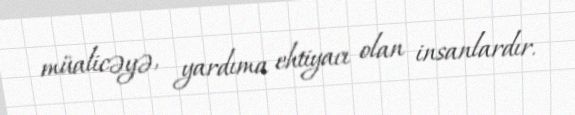
müalicəyə, yardıma ehtiyacı olan insanlardır.